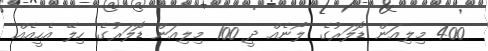
400 މިލިއަން ޑޮލަރުގެ ލޯނެއް ދީ 100 މިލިއަން ޑޮލަރުގެ ހިލޭ އެހީއެއް